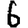
Digit: 6